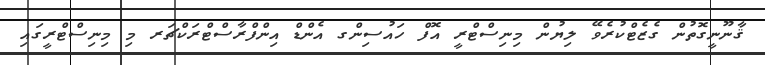
ޤާނޫނީގޮތުން ގެޒެޓްކުރެވޭ ލިޔުން މިނިސްޓްރީ އޮފް ހައުސިންގ އެންޑް އިންފްރާސްޓްރަކްޗަރ މި މިނިސްޓްރީގައި